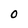
Character: O